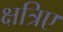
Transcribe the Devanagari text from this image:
क्षत्रिए